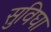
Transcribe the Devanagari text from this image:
सुविघा